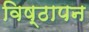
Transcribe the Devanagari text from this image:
विष्ठापन